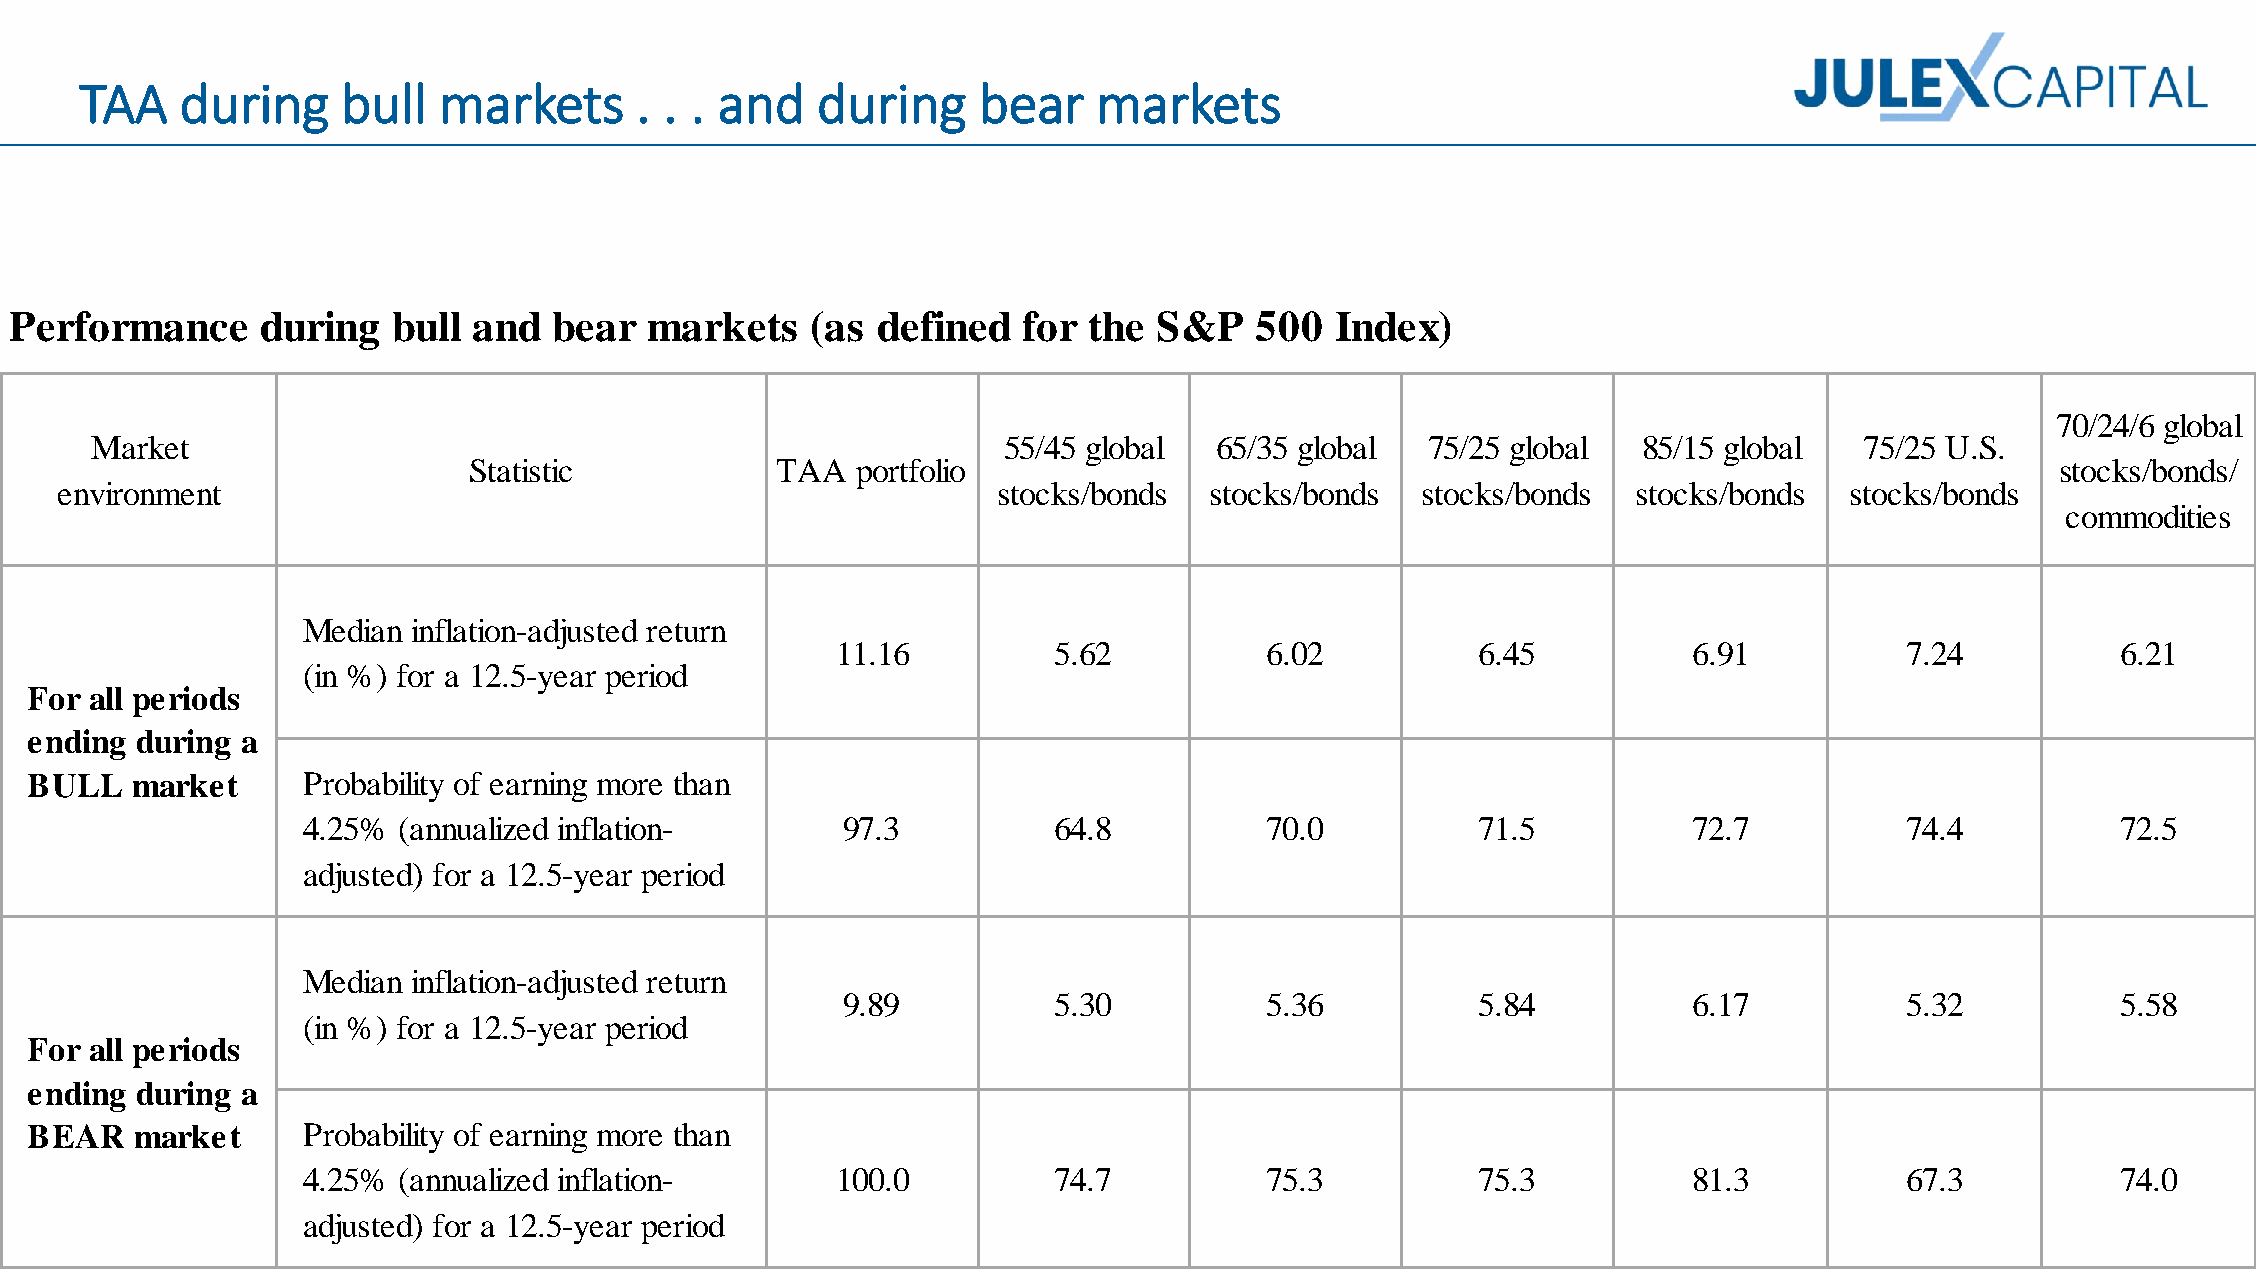
TAA    during     bull  markets      . . . and   during     bear    markets
 Performance     during   bull and   bear  markets    (as defined   for the  S&P   500  Index)
 70/24/6 global
 Market                                                      55/45 global  65/35 global  75/25 global   85/15 global  75/25 U.S.
 Statistic           TAA   portfolio                                                                      stocks/bonds/
 environment                                                   stocks/bonds  stocks/bonds  stocks/bonds  stocks/bonds  stocks/bonds
 commodities
 Median inflation-adjusted return
 11.16          5.62          6.02          6.45          6.91          7.24          6.21
 (in %) for a 12.5-year period
 For all periods
 ending during a
 BULL   market     Probability of earning more than
 4.25% (annualized inflation-        97.3          64.8          70.0          71.5          72.7          74.4          72.5
 adjusted) for a 12.5-year period
 Median inflation-adjusted return
 9.89          5.30          5.36          5.84          6.17          5.32          5.58
 (in %) for a 12.5-year period
 For all periods
 ending during a
 BEAR   market     Probability of earning more than
 4.25% (annualized inflation-       100.0          74.7          75.3          75.3          81.3          67.3          74.0
 adjusted) for a 12.5-year period
 For internal use only, do not share with clients or prospects